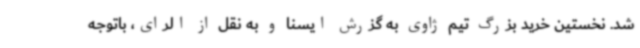
شد. نخستین خرید بزرگ تیم ژاوی به گزرش ایسنا و به نقل از الرای، باتوجه